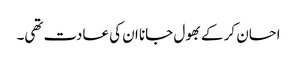
احسان کر کے بھول جانا ان کی عادت تھی۔